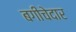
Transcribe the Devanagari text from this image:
बगीचेदार